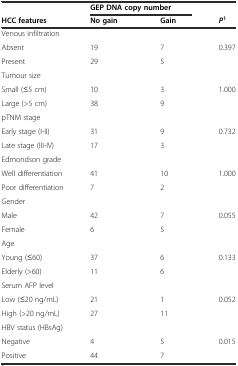
<table><thead><tr><td></td><td colspan="2"><b>GEP DNA copy number</b></td><td></td></tr><tr><td><b>HCC features</b></td><td><b>No gain</b></td><td><b>Gain</b></td><td><b><i>P</i><sup>1</sup></b></td></tr></thead><tbody><tr><td>Venous infiltration</td><td></td><td></td><td></td></tr><tr><td>Absent</td><td>19</td><td>7</td><td>0.397</td></tr><tr><td>Present</td><td>29</td><td>5</td><td></td></tr><tr><td>Tumour size</td><td></td><td></td><td></td></tr><tr><td>Small (≤5 cm)</td><td>10</td><td>3</td><td>1.000</td></tr><tr><td>Large (&gt;5 cm)</td><td>38</td><td>9</td><td></td></tr><tr><td>pTNM stage</td><td></td><td></td><td></td></tr><tr><td>Early stage (I-II)</td><td>31</td><td>9</td><td>0.732</td></tr><tr><td>Late stage (III-IV)</td><td>17</td><td>3</td><td></td></tr><tr><td>Edmondson grade</td><td></td><td></td><td></td></tr><tr><td>Well differentiation</td><td>41</td><td>10</td><td>1.000</td></tr><tr><td>Poor differentiation</td><td>7</td><td>2</td><td></td></tr><tr><td>Gender</td><td></td><td></td><td></td></tr><tr><td>Male</td><td>42</td><td>7</td><td>0.055</td></tr><tr><td>Female</td><td>6</td><td>5</td><td></td></tr><tr><td>Age</td><td></td><td></td><td></td></tr><tr><td>Young (≤60)</td><td>37</td><td>6</td><td>0.133</td></tr><tr><td>Elderly (&gt;60)</td><td>11</td><td>6</td><td></td></tr><tr><td>Serum AFP level</td><td></td><td></td><td></td></tr><tr><td>Low (≤20 ng/mL)</td><td>21</td><td>1</td><td>0.052</td></tr><tr><td>High (&gt;20 ng/mL)</td><td>27</td><td>11</td><td></td></tr><tr><td>HBV status (HBsAg)</td><td></td><td></td><td></td></tr><tr><td>Negative</td><td>4</td><td>5</td><td>0.015</td></tr><tr><td>Positive</td><td>44</td><td>7</td><td></td></tr></tbody></table>